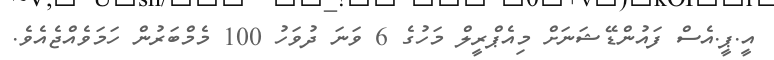
އީ.ޕީ.އެސް ފައުންޑޭޝަނަށް މިއެޕްރީލް މަހުގެ 6 ވަނަ ދުވަހު 100 މެމްބަރުން ހަމަވެއްޖެއެވެ.